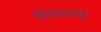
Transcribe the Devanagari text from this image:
पॉपरच्या